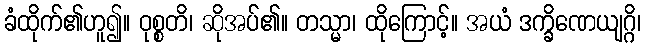
ခံထိုက်၏ဟူ၍။ ဝုစ္စတိ၊ ဆိုအပ်၏။ တသ္မာ၊ ထိုကြောင့်။ အယံ ဒက္ခိဏေယျဂ္ဂိ၊